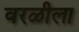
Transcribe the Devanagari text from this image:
वरळीला